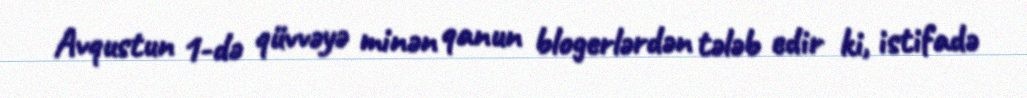
Avqustun 1-də qüvvəyə minən qanun blogerlərdən tələb edir ki, istifadə